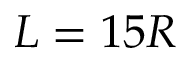
L = 1 5 R